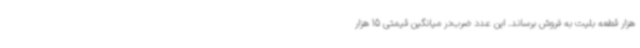
هزار قطعه بلیت به فروش برساند. این عدد ضرب‌در میانگین قیمتی 15 هزار